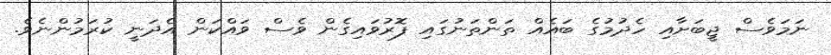
ނަމަވެސް ޖީބަށާއި ހެދުމުގެ ބައެއް ތަންތަނުގައި ފޮރުވައިގެން ވެސް ވައްކަން އެދަނީ ކުރަމުންނެވެ.